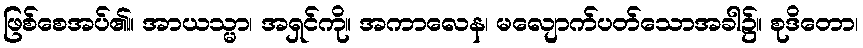
ဖြစ်စေအပ်၏။ အာယသ္မာ၊ အရှင်ကို။ အကာလေန၊ မလျောက်ပတ်သောအခါ၌။ စုဒိတော၊